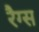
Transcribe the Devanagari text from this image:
रैग्स